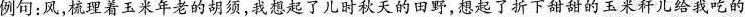
例句：风，梳理着玉米年老的胡须，我想起了儿时秋天的田野，想起了折下甜甜的玉米秆儿给我吃的